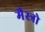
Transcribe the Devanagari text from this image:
मैस्त्रो